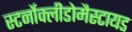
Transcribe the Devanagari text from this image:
स्टर्नोक्लीडोमैस्टायड